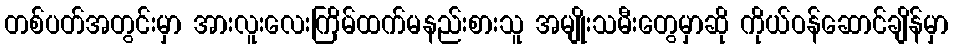
တစ်ပတ်အတွင်းမှာ အားလူးလေးကြိမ်ထက်မနည်းစားသူ အမျိုးသမီးတွေမှာဆို ကိုယ်ဝန်ဆောင်ချိန်မှာ